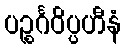
ပဉ္စင်္ဂဝိပ္ပဟီနံ